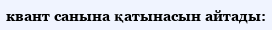
квант санына қатынасын айтады: